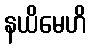
နယိမေဟိ